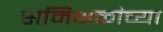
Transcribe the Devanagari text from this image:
समिक्षकांच्या